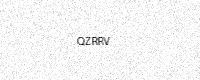
Text: QZRRV